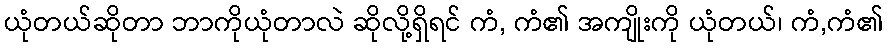
ယုံတယ်ဆိုတာ ဘာကိုယုံတာလဲ ဆိုလို့ရှိရင် ကံ, ကံ၏ အကျိုးကို ယုံတယ်၊ ကံ,ကံ၏